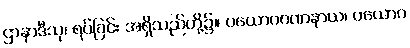
ဌာနာဒီသု၊ ရပ်ခြင်း အရှိသည်တို့၌။ ပယောဂဂဏနာယ၊ ပယောဂ